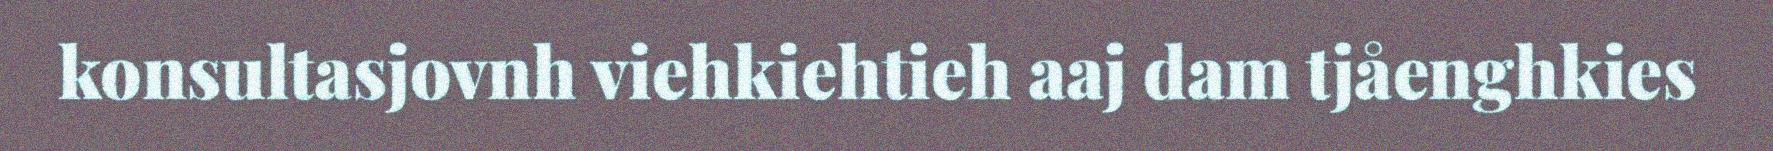
konsultasjovnh viehkiehtieh aaj dam tjåenghkies